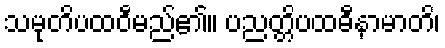
သမုတိပထဝီမည်၏။ ပညတ္တိပထဓီနာမာတိ၊